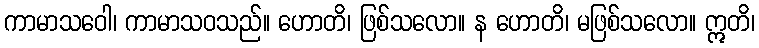
ကာမာသဝေါ၊ ကာမာသဝသည်။ ဟောတိ၊ ဖြစ်သလော။ န ဟောတိ၊ မဖြစ်သလော။ ဣတိ၊